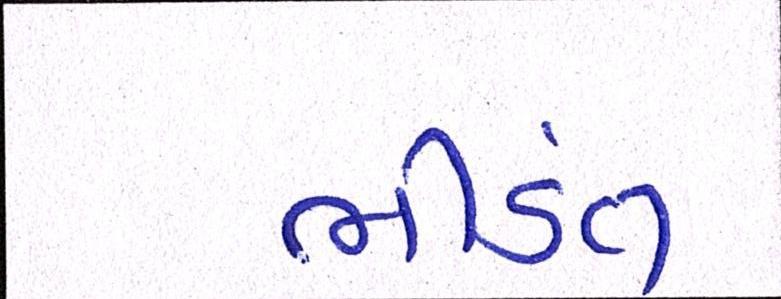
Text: ભીડંત